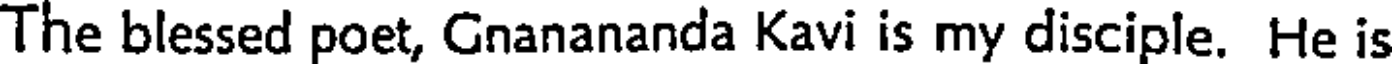
The blessed poet, Gnanananda Kavi is my disciple. He is